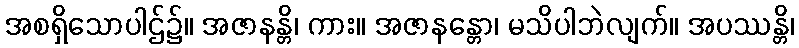
အစရှိသောပါဌ်၌။ အဇာနန္တိ၊ ကား။ အဇာနန္တော၊ မသိပါဘဲလျက်။ အပဿန္တိ၊